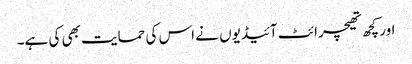
اور کچھ تھیچرائٹ آئیڈیوں نے اس کی حمایت بھی کی ہے۔